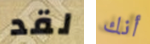
لقد أنك